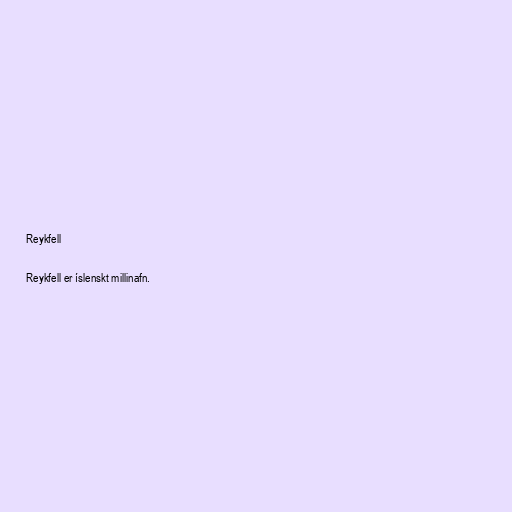
Reykfell

Reykfell er íslenskt millinafn.